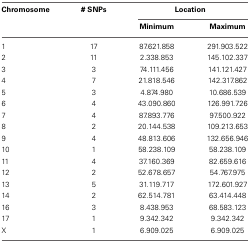
<table><thead><tr><td><b>Chromosome</b></td><td><b># SNPs</b></td><td colspan="2"><b>Location</b></td></tr><tr><td></td><td></td><td><b>Minimum</b></td><td><b>Maximum</b></td></tr></thead><tbody><tr><td>1</td><td>17</td><td>87.621.858</td><td>291.903.522</td></tr><tr><td>2</td><td>11</td><td>2.338.853</td><td>145.102.337</td></tr><tr><td>3</td><td>3</td><td>74.111.456</td><td>141.121.427</td></tr><tr><td>4</td><td>7</td><td>21.818.546</td><td>142.317.862</td></tr><tr><td>5</td><td>3</td><td>4.874.980</td><td>10.686.539</td></tr><tr><td>6</td><td>4</td><td>43.090.860</td><td>126.991.726</td></tr><tr><td>7</td><td>4</td><td>87.893.776</td><td>97.500.922</td></tr><tr><td>8</td><td>2</td><td>20.144.538</td><td>109.213.653</td></tr><tr><td>9</td><td>4</td><td>48.813.606</td><td>132.656.946</td></tr><tr><td>10</td><td>1</td><td>58.238.109</td><td>58.238.109</td></tr><tr><td>11</td><td>4</td><td>37.160.369</td><td>82.659.616</td></tr><tr><td>12</td><td>2</td><td>52.678.657</td><td>54.767.975</td></tr><tr><td>13</td><td>5</td><td>31.119.717</td><td>172.601.927</td></tr><tr><td>14</td><td>2</td><td>62.514.781</td><td>63.414.448</td></tr><tr><td>16</td><td>3</td><td>8.438.953</td><td>68.583.123</td></tr><tr><td>17</td><td>1</td><td>9.342.342</td><td>9.342.342</td></tr><tr><td>X</td><td>1</td><td>6.909.025</td><td>6.909.025</td></tr></tbody></table>